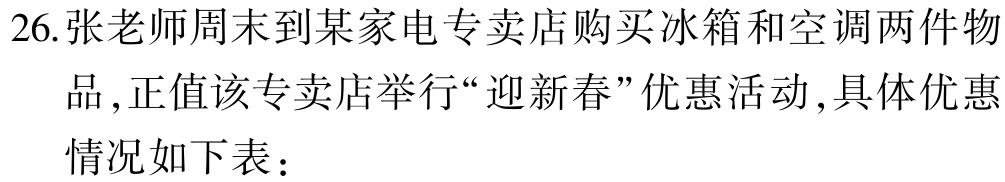
26.张老师周末到某家电专卖店购买冰箱和空调两件物品 ,正值该专卖店举行“迎新春”优惠活动 ,具体优惠
情况如下表：